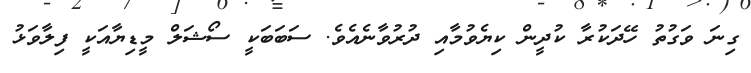
ގިނަ ވަގުތު ހޭދަކުރާ ކުދީން ކިޔެވުމާއި ދުރުވާނެއެވެ. ސަަަބަބަކީ ސޯޝަލް މީޑިޔާއަކީ ފިލާވަޅު